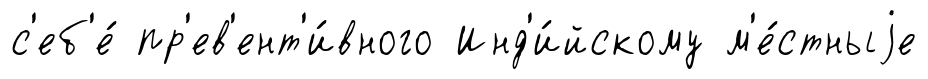
с'еб'е́ пр'ев'ент'и́вного Инд'и́йскому м'е́стныjе